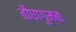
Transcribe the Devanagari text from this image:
बौघागुम्बा